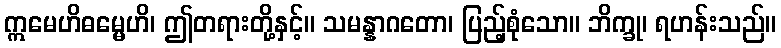
ဣမေဟိဓမ္မေဟိ၊ ဤတရားတို့နှင့်။ သမန္နာဂတော၊ ပြည့်စုံသော။ ဘိက္ခု၊ ရဟန်းသည်။